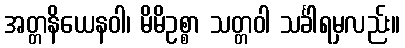
အတ္တနိယေနဝါ၊ မိမိဥစ္စာ သတ္တဝါ သင်္ခါရမှလည်း။